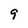
Character: 9